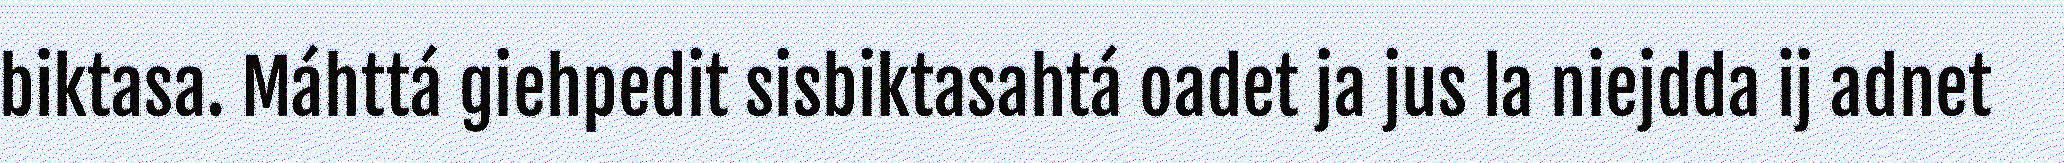
biktasa. Máhttá giehpedit sisbiktasahtá oadet ja jus la niejdda ij adnet